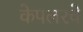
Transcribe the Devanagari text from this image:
केपलरचे